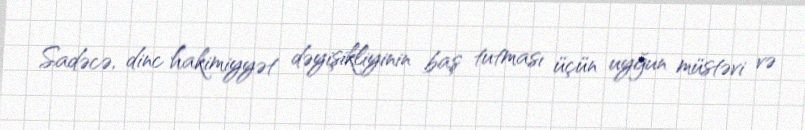
Sadəcə, dinc hakimiyyət dəyişikliyinin baş tutması üçün uyğun müstəvi və